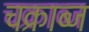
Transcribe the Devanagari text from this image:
चक्राब्ज